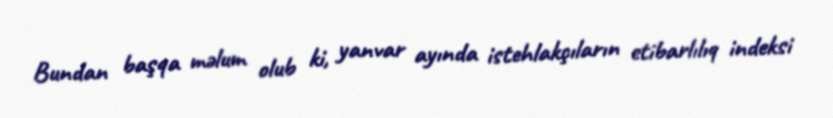
Bundan başqa məlum olub ki, yanvar ayında istehlakçıların etibarlılıq indeksi